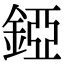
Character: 錏